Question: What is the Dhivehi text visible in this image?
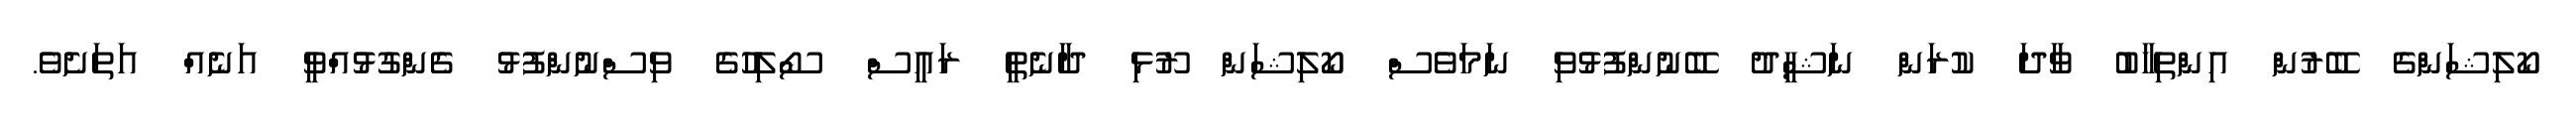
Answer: ކޯލިޝަންގެ ބޭރުން އިންތިހާބު ވާދަ ކުރަން ނަޝީދު ބޭނުންފުޅުވި ނަމަވެސް ކޯލިޝަން ރޫޅި ދާނެތީ ރައީސް ސޯލިހުގެ ވިސްނުންފުޅު ގެންގުޅުއްވީ އަނެއް އަތަށެވެ.